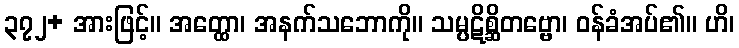
၃၇၂+ အားဖြင့်။ အတ္ထော၊ အနက်သဘောကို။ သမ္ပဋိစ္ဆိတဗ္ဗော၊ ဝန်ခံအပ်၏။ ဟိ၊